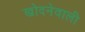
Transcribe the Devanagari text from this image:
खोदनेवाली